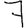
Digit: 7